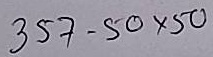
357 - 50 x 50